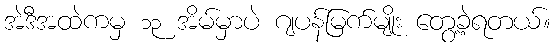
အဲဒီအထဲကမှ ၁၃ အိမ်မှာပဲ ဂျပန်မြက်မျိုး တွေ့ခဲ့ရတယ်။